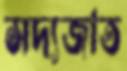
সদ্যজাত